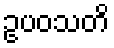
ဥပဝသတိ